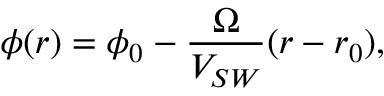
\phi ( r ) = \phi _ { 0 } - \frac { \Omega } { V _ { S W } } ( r - r _ { 0 } ) ,